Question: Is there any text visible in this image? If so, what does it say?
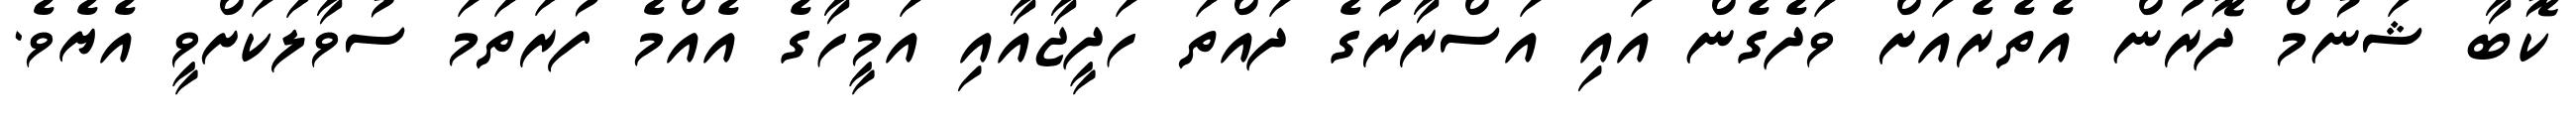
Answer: ކޮބާ ޝަނުމް ދޮރުން އެތެރެއަށް ވަދެގެން އައި އަސްރާރުގެ ދައްތަ ހަދީޖާއާއި އަމީހާގެ އެއްމެ ފުރަތަމަ ސުވާލަކަށްވީ އެޔެވެ.